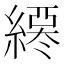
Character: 𦄖